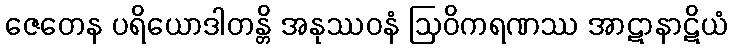
ဇေတေန ပရိယောဒါတန္တိ အနုဿဝနံ ဩဝိကရဏဿ အာဋာနာဋိယံ